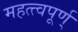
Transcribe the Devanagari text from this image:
महत्त्वपूर्ण्